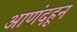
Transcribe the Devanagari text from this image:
आणंदहून